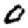
Digit: 0